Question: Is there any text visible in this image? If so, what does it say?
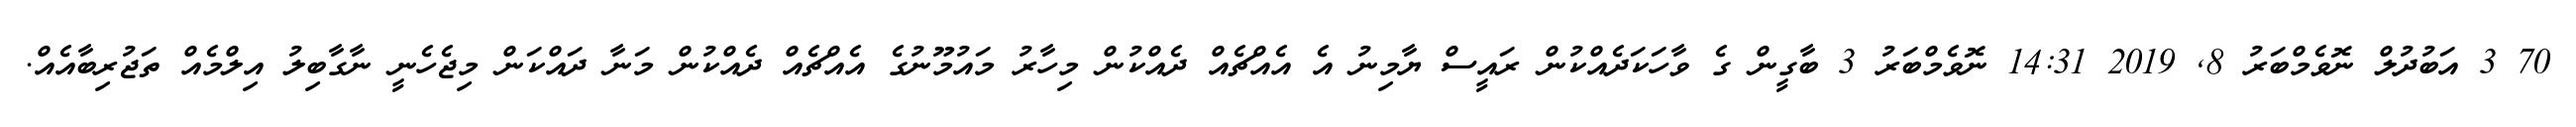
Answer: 70 3 އަބުދުލް ނޮވެމްބަރު 8, 2019 14:31 ނޮވެމްބަރު 3 ބާގީން ގެ ވާހަކަދެއްކުން ރައީސް ޔާމިނު އެ އެއްޗެއް ދެއްކުން މިހާރު މައުމޫނުގެ އެއްޗެއް ދެއްކުން މަނާ ދައްކަން މިޖެހެނީ ނާގާބިލު އިލްމެއް ތަޖުރިބާއެއް.